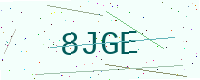
Text: 8JGE